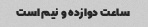
ساعت دوازده و نیم است